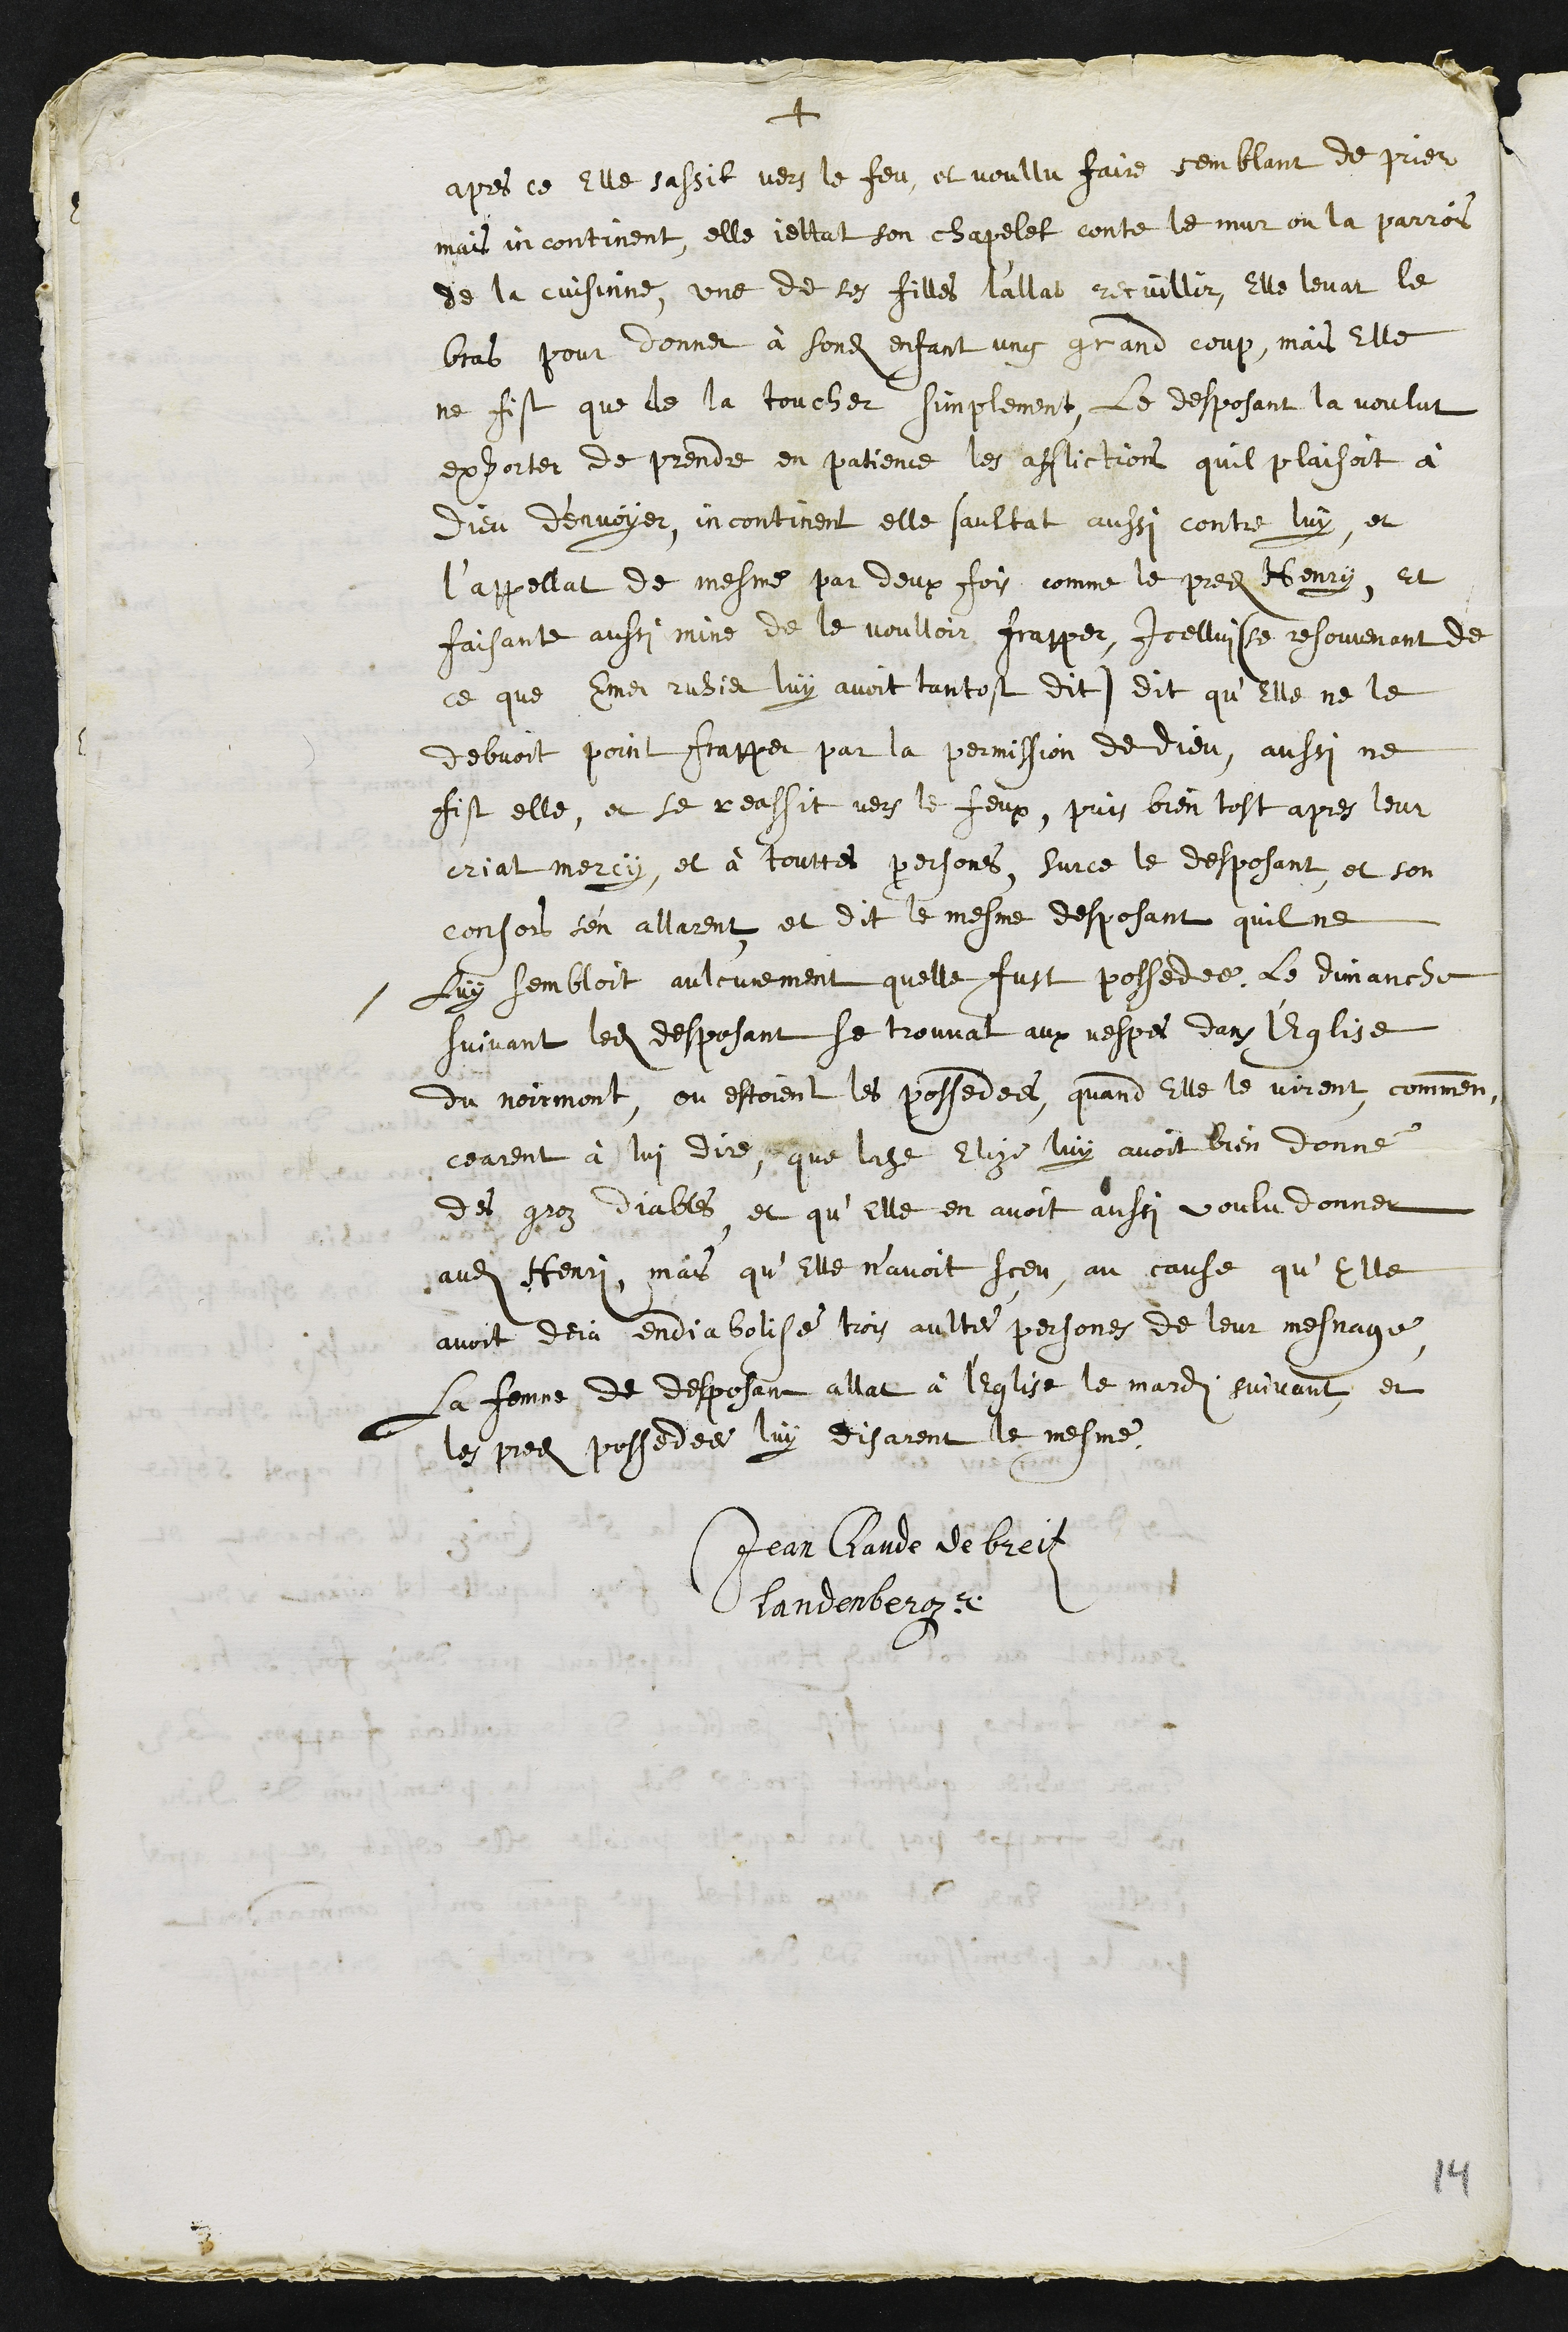
+
apres ce elle sassit vers le feu, et voullu faire semblant de prier
mais incontinent, elle jettat son chapelet conte le mur ou la parrois
de la cuisinne, une de ses filles l’allat recuillir, Elle levat le
bras pour donner à sondit enfant ung grand coup, mais Elle
ne fist que de la toucher simplement, le desposant la voulut
exhorter de prendre en patience les afflictions quil plaisoit à
Dieu d'envoyer, incontinent elle saultat aussi contre luy et
l’appellat de mesme par deux fois comme le predit Henry, et
faisante aussi mine de le voulloir frapper, icellui (se resouvenant de
ce que Emer ruhier luy avoit tantost dit) dit qu’Elle ne le
debvoit point frapper par la permission de Dieu, aussi ne
fist elle, et se reassit vers le feux, puis bien tost apres leur
criat mercy, et à touttes persones, surce le desposant, et son
consors s'en allarent et dit le mesme desposant quil ne
luy sembloit aulcunement quelle fust possedee. Le dimanche
suivant ledit desposant se trouvat aux vespres dans l’Eglise
du Noirmont, ou estoient les possedees, quand Elle le virent comment
cearent à lui dire, que ladite Elize luy avoit bien donné
des groz diables et qu’Elle en avoit aussi voulu donner
audit Henry, mais qu’Elle n’avoit sçeu au cause qu’Elle
avoit deja endiabolisé trois aultres persones de leur mesnage
la femme de desposant allat à l'Eglise le mardi suivant, et
les predit possedees luy disarent le mesme
Jean Claude de breit
Landenberger
14